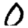
Digit: 0